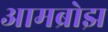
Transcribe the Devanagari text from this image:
आमब्रोझ